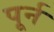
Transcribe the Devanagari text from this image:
पूर्न